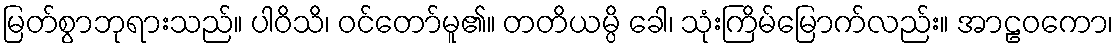
မြတ်စွာဘုရားသည်။ ပါဝိသိ၊ ဝင်တော်မူ၏။ တတိယမ္ပိ ခေါ၊ သုံးကြိမ်မြောက်လည်း။ အာဠဝကော၊